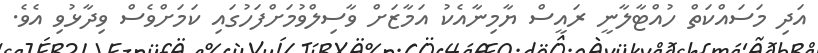
އަދި މަސައްކަތް ހުއްޓާލާނީ ރައީސް ޔާމިނާއެކު އަމާޒަށް ވާސިލްވުމަށްފަހުގައި ކަމަަށްވެސް ވިދާޅުވި އެވެ.